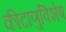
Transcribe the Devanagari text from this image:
कीटाणुविशेष